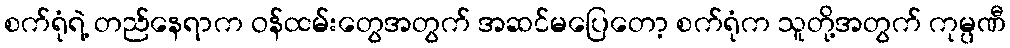
စက်ရုံရဲ့ တည်နေရာက ဝန်ထမ်းတွေအတွက် အဆင်မပြေတော့ စက်ရုံက သူတို့အတွက် ကုမ္ပဏီ